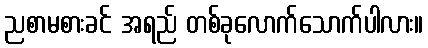
ညစာမစားခင် အရည် တစ်ခုလောက်သောက်ပါလား။